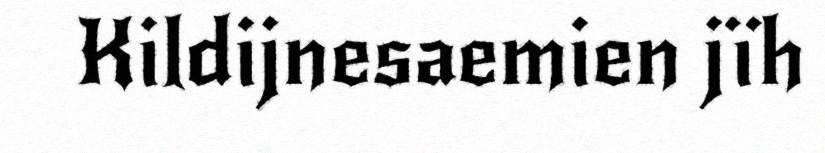
Kildijnesaemien jïh